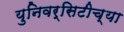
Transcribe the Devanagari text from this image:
युनिवर्सिटीच्या